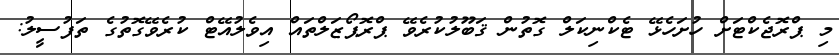
މި ޕްރޮޖެކްޓަށް ހުށަހެޅޭ ޓެކްނިކަލް ގޮތުން ޤަބޫލުކުރެވޭ ޕްރޮޕޯޒަލްތައް އިވެލުއޭޓް ކުރެވޭގޮތުގެ ތަފުސީލު: